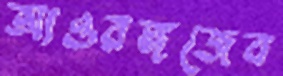
আওরঙ্গজেব